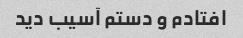
افتادم و دستم آسیب دید